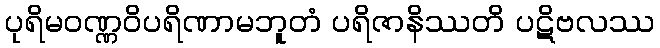
ပုရိမဝဏ္ဏဝိပရိဏာမဘူတံ ပရိဇာနိဿတိ ပဋိဗလဿ